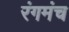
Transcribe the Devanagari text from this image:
रंगमंच